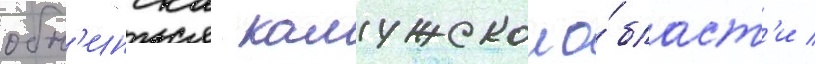
обн'инска калужскои о́бласт'и /